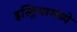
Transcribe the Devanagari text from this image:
इस्ट्रियामध्ये